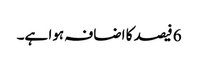
6 فیصد کا اضافہ ہوا ہے۔